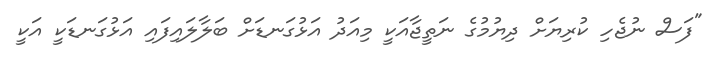
"ފަސް ނުޖެހި ކުރިޔަށް ދިޔުމުގެ ނަތީޖާއަކީ މިއަދު އަޅުގަނޑަށް ބަލާލައިފައި އަޅުގަނޑަކީ އަކީ